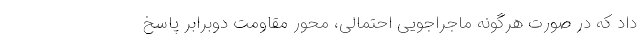
داد که در صورت هرگونه ماجراجویی احتمالی، محور مقاومت دوبرابر پاسخ